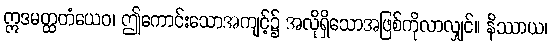
ဣဒမတ္ထတံယေဝ၊ ဤကောင်းသောအကျင့်၌ အလိုရှိသောအဖြစ်ကိုလာလျှင်။ နိဿာယ၊